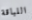
اللباقة